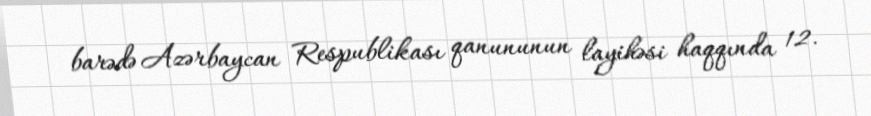
barədə Azərbaycan Respublikası qanununun layihəsi haqqında 12.